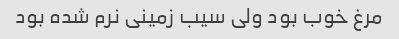
مرغ خوب بود ولی سیب زمینی نرم شده بود